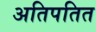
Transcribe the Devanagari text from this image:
अतिपतित